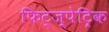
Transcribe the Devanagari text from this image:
फिट्ज़्पेट्रिक